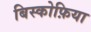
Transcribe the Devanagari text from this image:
बिस्कोफ़िया